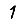
Digit: 1